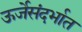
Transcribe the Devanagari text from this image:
ऊर्जेसंदर्भात